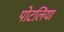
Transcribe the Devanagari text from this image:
पोटलिया